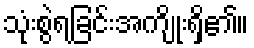
သုံးစွဲရခြင်းအကျိုးရှိ၏။